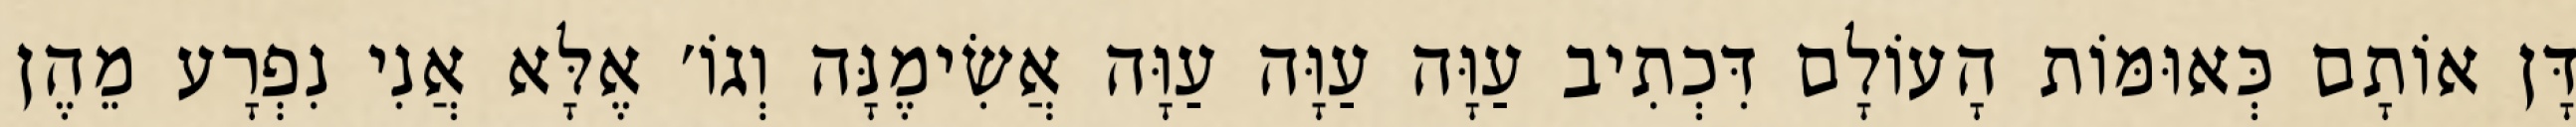
דָּן אוֹתָם כְּאוּמּוֹת הָעוֹלָם דִּכְתִיב עַוָּה עַוָּה עַוָּה אֲשִׂימֶנָּה וְגוֹ׳ אֶלָּא אֲנִי נִפְרָע מֵהֶן